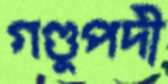
গণ্ডুপদী